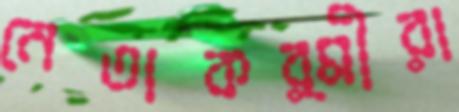
নেতাকর্মীরা